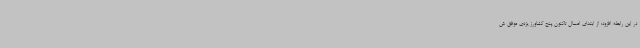
در این رابطه افزود: از ابتدای امسال تاکنون پنج کشاورز یزدی موفق ش